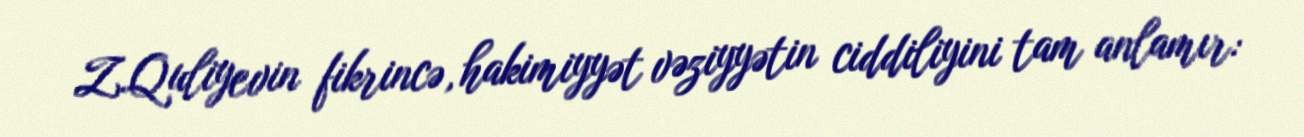
Z.Quliyevin fikrincə, hakimiyyət vəziyyətin ciddiliyini tam anlamır: